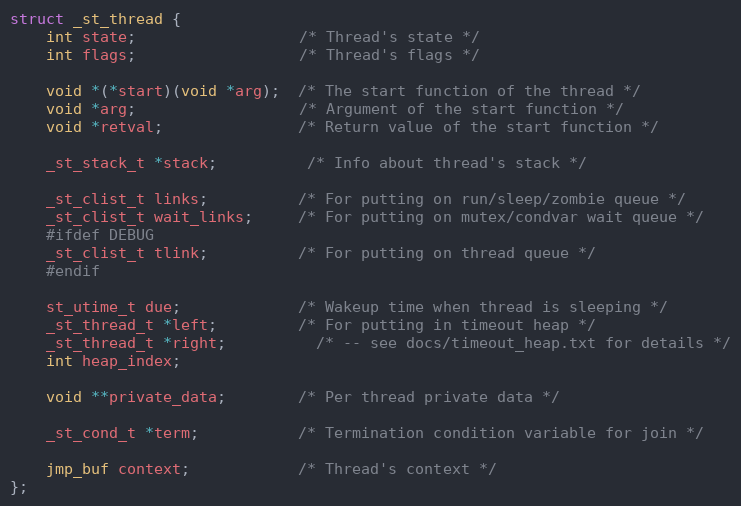
Language: C
struct _st_thread {
    int state;                  /* Thread's state */
    int flags;                  /* Thread's flags */

    void *(*start)(void *arg);  /* The start function of the thread */
    void *arg;                  /* Argument of the start function */
    void *retval;               /* Return value of the start function */

    _st_stack_t *stack;          /* Info about thread's stack */

    _st_clist_t links;          /* For putting on run/sleep/zombie queue */
    _st_clist_t wait_links;     /* For putting on mutex/condvar wait queue */
    #ifdef DEBUG
    _st_clist_t tlink;          /* For putting on thread queue */
    #endif

    st_utime_t due;             /* Wakeup time when thread is sleeping */
    _st_thread_t *left;         /* For putting in timeout heap */
    _st_thread_t *right;          /* -- see docs/timeout_heap.txt for details */
    int heap_index;

    void **private_data;        /* Per thread private data */

    _st_cond_t *term;           /* Termination condition variable for join */

    jmp_buf context;            /* Thread's context */
};